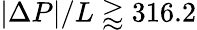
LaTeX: |\Delta P|/L\gtrapprox 316.2